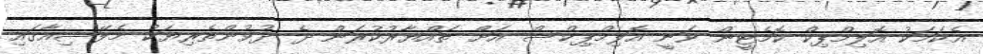
އެކަމަކު އޮލިމްޕިކް ކޮމެޓީން ވަނީ އޮލިމްޕިކްސް އަށް ތައްޔާރުކުރަން ދެ ދުވުންތެރިޔަކު މެލޭޝިއާގައި